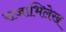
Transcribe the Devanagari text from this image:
राजाभिलेख